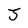
Character: J